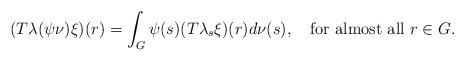
LaTeX: \begin{align*}(T\lambda(\psi\nu)\xi)(r) = \int_G \psi(s) (T\lambda_s\xi)(r) d\nu(s), \ \ \mbox{ for almost all } r\in G.\end{align*}